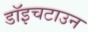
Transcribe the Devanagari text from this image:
डॉइचटाउन